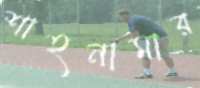
শাহনামার